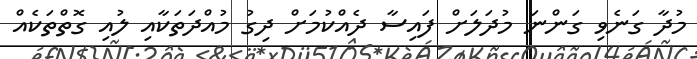
މުދާ ގަނެވި ގަންނަ މުދަލަށް ފައިސާ ދެއްކުމަށް ދިގު މުއްދަތަކާއި ލުއި ގޮތްތަކެއް